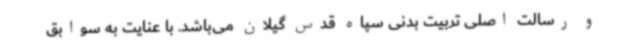
و رسالت اصلی تربیت بدنی سپاه قدس گیلان می‌باشد. با عنایت به سوابق